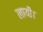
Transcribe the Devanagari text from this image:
लायी।